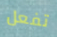
تفعل